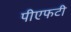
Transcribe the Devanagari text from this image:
पीएफटी